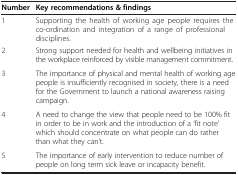
<table><thead><tr><td><b>Number</b></td><td><b>Key recommendations &amp; findings</b></td></tr></thead><tbody><tr><td>1</td><td>Supporting the health of working age people requires the co-ordination and integration of a range of professional disciplines.</td></tr><tr><td>2</td><td>Strong support needed for health and wellbeing initiatives in the workplace reinforced by visible management commitment.</td></tr><tr><td>3</td><td>The importance of physical and mental health of working age people is insufficiently recognised in society, there is a need for the Government to launch a national awareness raising campaign.</td></tr><tr><td>4</td><td>A need to change the view that people need to be 100% fit in order to be in work and the introduction of a ‘fit note’ which should concentrate on what people can do rather than what they can’t.</td></tr><tr><td>5</td><td>The importance of early intervention to reduce number of people on long term sick leave or incapacity benefit.</td></tr></tbody></table>